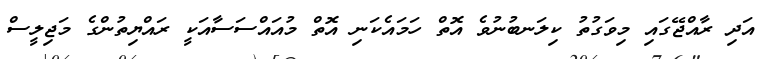
އަދި ރާއްޖޭގައި މިވަގުތު ކިލަނބުނުވެ އޮތް ހަމައެކަނި އޮތް މުއައްސަސާއަކީ ރައްޔިތުންގެ މަޖިލީސް